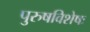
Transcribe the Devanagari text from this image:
पुरुषविशेषः